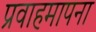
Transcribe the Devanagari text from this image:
प्रवाहमापना